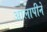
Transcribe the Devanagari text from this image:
आलापीने